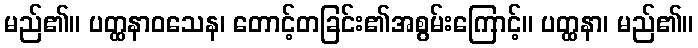
မည်၏။ ပတ္ထနာဝသေန၊ တောင့်တခြင်း၏အစွမ်းကြောင့်။ ပတ္ထနာ၊ မည်၏။